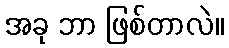
အခု ဘာ ဖြစ်တာလဲ။